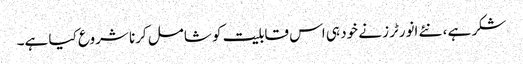
شکر ہے ، نئے انورٹرز نے خود ہی اس قابلیت کو شامل کرنا شروع کیا ہے۔